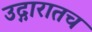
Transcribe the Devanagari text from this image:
उद्गारातच